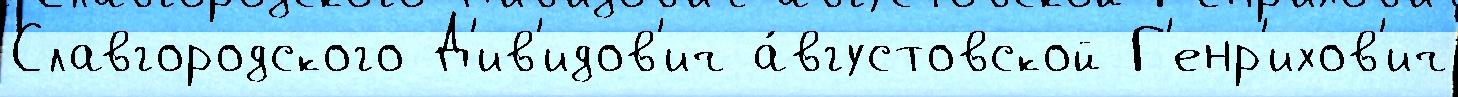
Славгородского Д'ив'идов'ич а́вгустовской Г'енр'ихов'ич